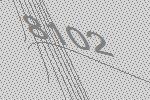
8102